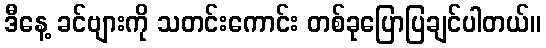
ဒီနေ့ ခင်ဗျားကို သတင်းကောင်း တစ်ခုပြောပြချင်ပါတယ်။